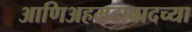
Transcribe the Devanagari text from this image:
आणिअहमदाबादच्या